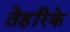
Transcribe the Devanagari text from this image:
तेहरिके